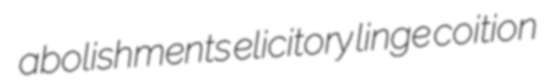
abolishments elicitory linge coition